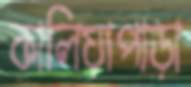
কালিয়াপাড়া